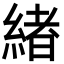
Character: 緖